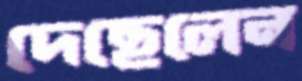
দেছেলেন